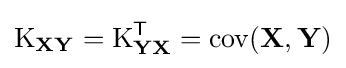
\operatorname {K} _{\mathbf {XY} }=\operatorname {K} _{\mathbf {YX} }^{\mathsf {T}}=\operatorname {cov} (\mathbf {X} ,\mathbf {Y} )